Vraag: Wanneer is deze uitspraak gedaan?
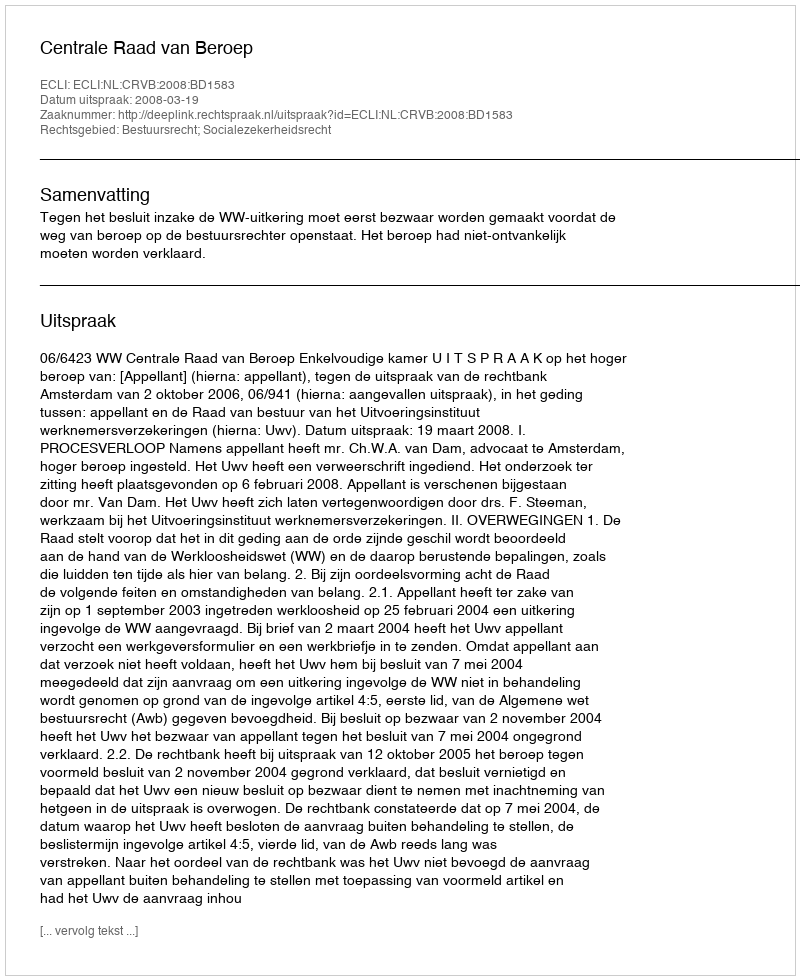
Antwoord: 2008-03-19